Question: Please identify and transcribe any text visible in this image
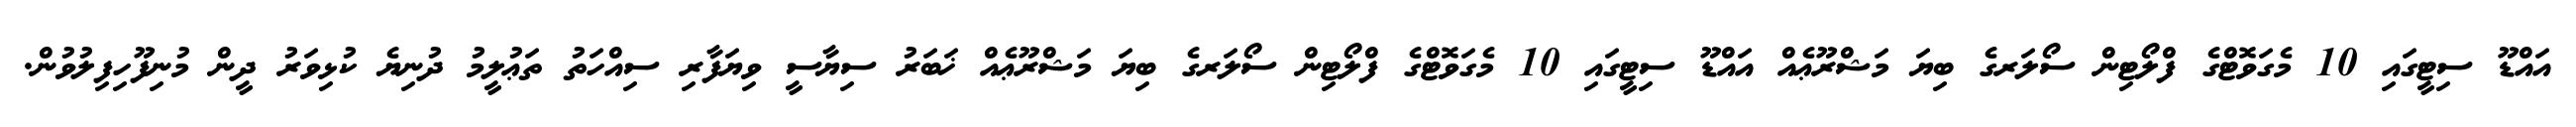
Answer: އައްޑޫ ސިޓީގައި 10 މެގަވޮޓްގެ ފްލޯޓިން ސޯލަރގެ ބިޔަ މަޝްރޫޢެއް އައްޑޫ ސިޓީގައި 10 މެގަވޮޓްގެ ފްލޯޓިން ސޯލަރގެ ބިޔަ މަޝްރޫޢެއް ޚަބަރު ސިޔާސީ ވިޔަފާރި ސިއްހަތު ތަޢުލީމު ދުނިޔެ ކުޅިވަރު ދީން މުނިފޫހިފިލުވުން.